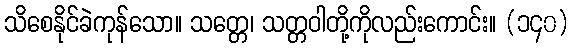
သိစေနိုင်ခဲကုန်သော။ သတ္တေ၊ သတ္တဝါတို့ကိုလည်းကောင်း။ (၁၄၀)